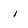
Character: I